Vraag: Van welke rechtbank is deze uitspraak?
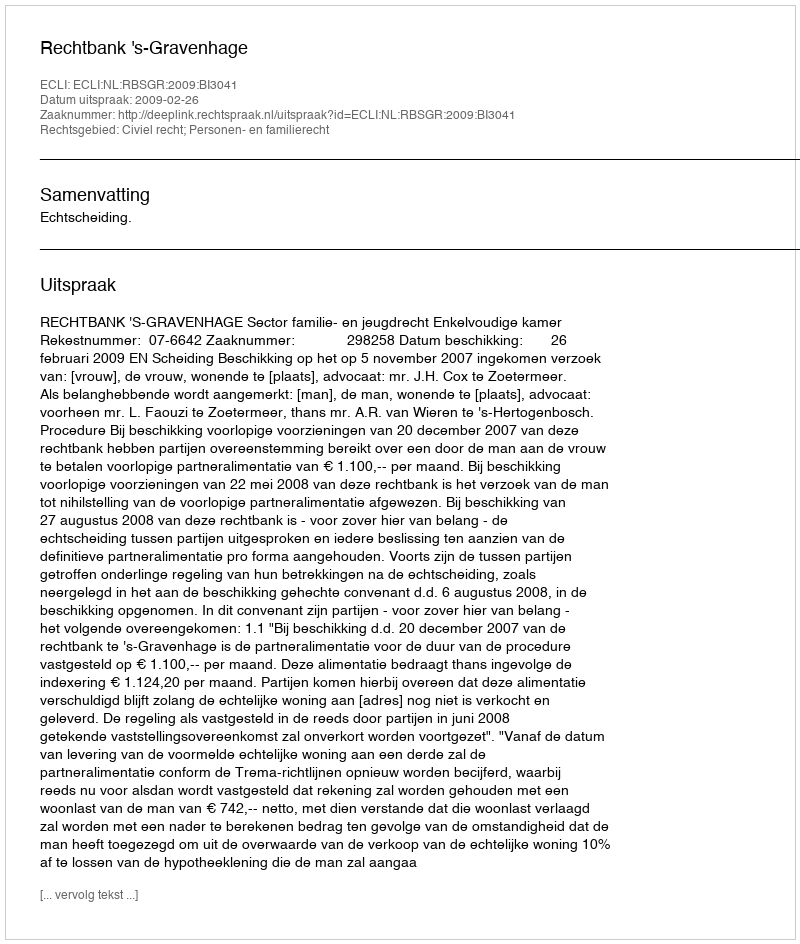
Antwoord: Rechtbank 's-Gravenhage